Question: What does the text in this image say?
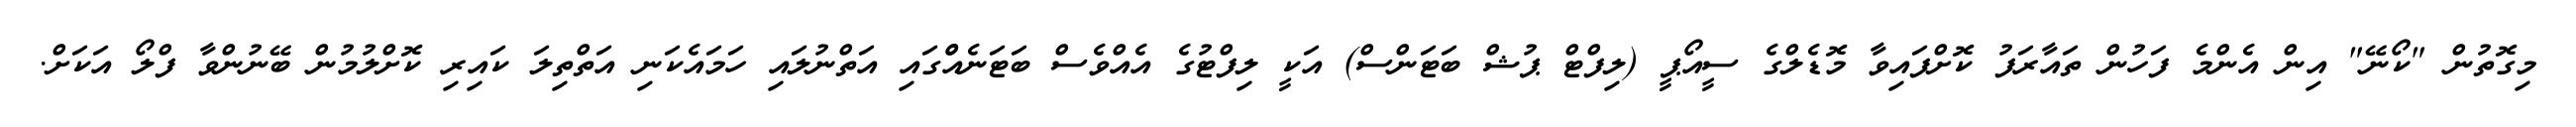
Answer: މިގޮތުން "ކޯނޭ" އިން އެންމެ ފަހުން ތައާރަފު ކޮށްފައިވާ މޮޑެލްގެ ސީއޯޕީ (ލިފްޓް ޕުޝް ބަޓަންސް) އަކީ ލިފްޓުގެ އެއްވެސް ބަޓަނެއްްގައި އަތްނުލައި ހަމައެކަނި އަތްތިލަ ކައިރި ކޮށްލުމުން ބޭނުންވާ ފްލޯ އަކަށް.